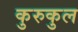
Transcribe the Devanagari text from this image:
कुरुकुल